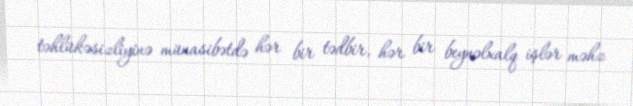
təhlükəsizliyinə münasibətdə hər bir tədbir, hər bir beynəlxalq işlər məhz